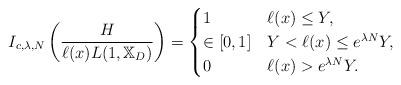
LaTeX: \begin{align*}I_{c,\lambda,N}\left(\frac{H}{\ell(x) L(1,\mathbb{X}_D)}\right)=\begin{cases}1 & \ell(x)\leq Y,\\\in[0,1] & Y< \ell(x)\leq e^{\lambda N}Y,\\0 & \ell(x)>e^{\lambda N}Y.\end{cases}\end{align*}